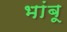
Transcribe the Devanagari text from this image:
भांबू